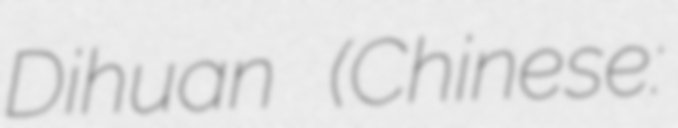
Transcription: Dihuan (Chinese: